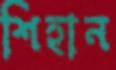
শিহান